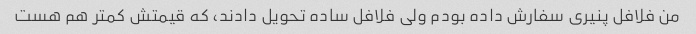
من فلافل پنیری سفارش داده بودم ولی فلافل ساده تحویل دادند، که قیمتش کمتر هم هست